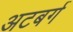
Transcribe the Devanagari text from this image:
अटबर्ग